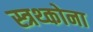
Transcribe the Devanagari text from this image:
स्त्रथ्कोना